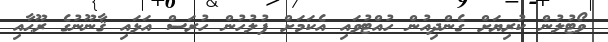
ވޯޓުލުން ކުރިޔަށް ގެންދިއުން ހުއްޓުވައި އެކަމަށް ފުލުހުން ހުރަސް އަޅައި ޤާނޫނުގެ ރޫޙާއި